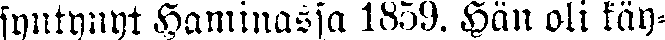
syntynyt Haminassa 1859. Hän oli käy-